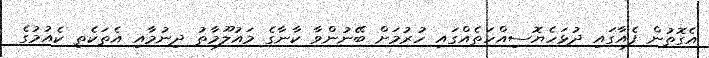
އެގޮތުން ފެއާގައި ދުޅަހެޔޮސިއްހަތެއްގައި ހުރުމަށް ބޭނުންވާ ކާނާގެ މައުލޫމާތު ދިނުމާއި އެތަކެތި ކެއުމުގެ